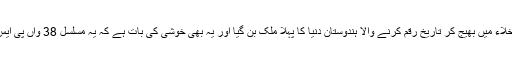
ایک-ساتھ 104 سیٹلائٹ کو خلاء میں بھیج کر تاریخ رقم کرنے والا ہندوستان دنیا کا پہلا ملک بن گیا اور یہ بھی خوشی کی بات ہے کہ یہ مسلسل 38 واں پی ایس ایل وی کا کامیاب لانچ ہے۔